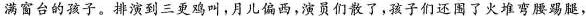
满窗台的孩子。排演到三更鸡叫,月儿偏西,演员们散了,孩子们还围了火堆弯腰踢腿，